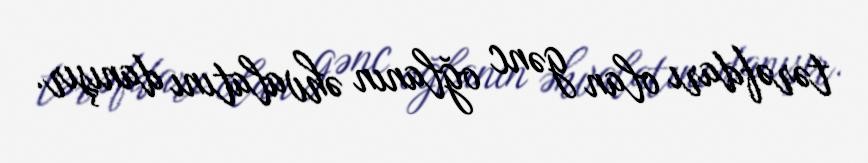
tərəfdarı olan gənc oğlanın əhvalatını danışır.